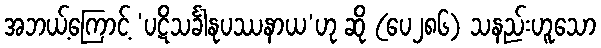
အဘယ့်ကြောင့် ‘ပဋိသင်္ခါနုပဿနာယ’ဟု ဆို (ပေ၂၈၆) သနည်းဟူသော